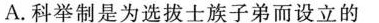
A.科举制是为选拔士族子弟而设立的